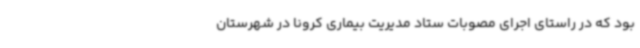
بود که در راستای اجرای مصوبات ستاد مدیریت بیماری کرونا در شهرستان